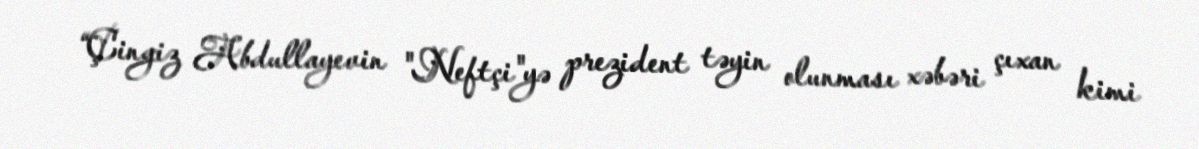
“Çingiz Abdullayevin "Neftçi"yə prezident təyin olunması xəbəri çıxan kimi